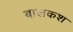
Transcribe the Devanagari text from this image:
बालकश